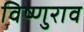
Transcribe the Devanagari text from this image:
विष्णुराव